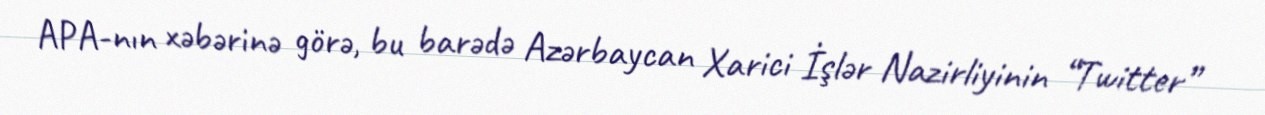
APA-nın xəbərinə görə, bu barədə Azərbaycan Xarici İşlər Nazirliyinin “Twitter”